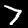
Digit: 7